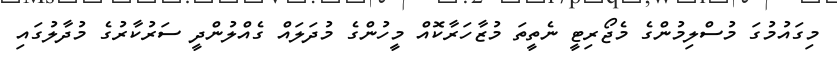
މިގައުމުގަ މުސްލިމުންގެ މެޖޯރިޓީ ނެތީތަ މުޒާހަރާކޮއް މީހުންގެ މުދަލައް ގެއްލުންދީ ސަރުކާރުގެ މުދާލުގައި